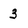
Character: 3